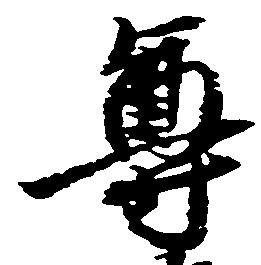
尊